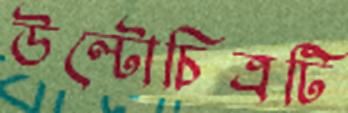
উল্টোচিত্রটি